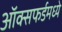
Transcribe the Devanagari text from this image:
ऑक्सफर्डमध्ये